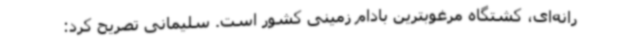
رانه‌ای، کشتگاه مرغوبترین بادام زمینی کشور است. سلیمانی تصریح کرد: